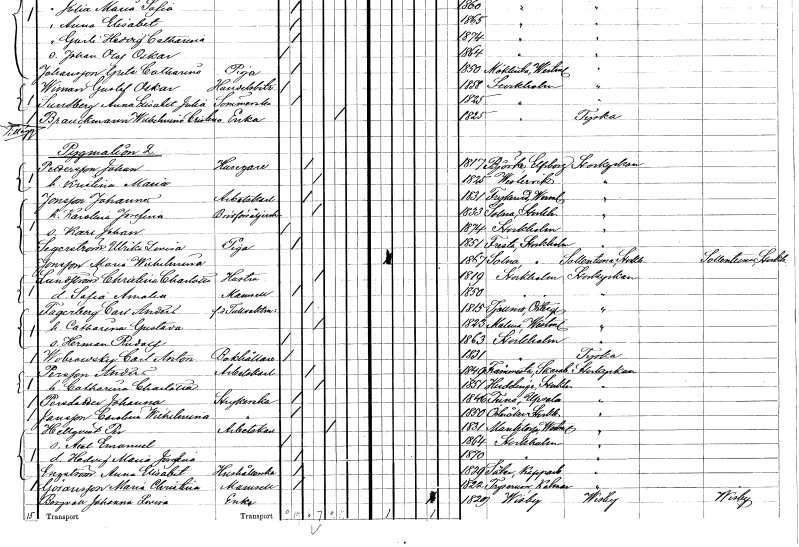
gt_parse: households: individuals: FN: Johan
EN: Pettersson
YRKE: Husägare
KON: M
CIV: G
FODAR: 1817
FODFORS: Björke Älvsborgs län
FN: Kristina Maria
KON: K
CIV: G
FODAR: 1825
FODFORS: Västervik Kalmar län
FN: Johannes
EN: Jonsson
YRKE: Arbetskarl
KON: M
CIV: G
FODAR: 1831
FODFORS: Frykerud Värmlands län
FN: Karolina Josefina
YRKE: Brödförsäljerska
KON: K
CIV: G
FODAR: 1833
FODFORS: Solna Stockholms län
FN: Karl Johan
KON: M
CIV: O
FODAR: 1874
FODFORS: Stockholm
FN: Ulrika Lovisa
EN: Segerström
YRKE: Piga
KON: K
CIV: O
FODAR: 1851
FODFORS: Fresta Stockholms län
FN: Maria Wilhelmina
EN: Jonsson
KON: K
CIV: O
FODAR: 1867
FODFORS: Solna Stockholms län
FN: Christina Charlotta
EN: Lundström
YRKE: Hustru
KON: K
CIV: G
FODAR: 1819
FODFORS: Stockholm
FN: Sofia Amalia
KON: K
CIV: O
FODAR: 1850
FODFORS: Stockholm
FN: Carl Anders
EN: Fagerberg
YRKE: Tullvaktmästare f.d.
KON: M
CIV: G
FODAR: 1815
FODFORS: Tjällmo Östergötlands län
FN: Catharina Gustava
KON: K
CIV: G
FODAR: 1823
FODFORS: Malma Västmanlands län
FN: Herman Rudolf
KON: M
CIV: O
FODAR: 1863
FODFORS: Stockholm
FN: Carl Anton
EN: Wobrowsky
YRKE: Bokhållare
KON: M
CIV: O
FODAR: 1831
FODFORS: Stockholm
FN: Anders
EN: Persson
YRKE: Arbetskarl
KON: M
CIV: G
FODAR: 1849
FODFORS: Främmestad Skaraborgs län
FN: Catharina Charlotta
KON: K
CIV: G
FODAR: 1851
FODFORS: Huddinge Stockholms län
FN: Johanna
EN: Persdotter
YRKE: Strykerska
KON: K
CIV: O
FODAR: 1846
FODFORS: Tuna Uppsala län
FN: Carolina Wilhelmina
EN: Jansson
YRKE: Strykerska
KON: K
CIV: O
FODAR: 1850
FODFORS: Österåker Stockholms län
FN: Per
EN: Hellqvist
YRKE: Arbetskarl
KON: M
CIV: E
FODAR: 1831
FODFORS: Munktorp Västmanlands län
FN: Axel Emanuel
KON: M
CIV: O
FODAR: 1864
FODFORS: Stockholm
FN: Hedvig Maria Josefina
KON: K
CIV: O
FODAR: 1870
FODFORS: Stockholm
FN: Anna Elisabet
EN: Engström
YRKE: Hushållerska
KON: K
CIV: O
FODAR: 1829
FODFORS: Säter Kopparbergs län
FN: Maria Christina
EN: Göransson
KON: K
CIV: O
FODAR: 1822
FODFORS: Tryserum Östergötlands län
FN: Johanna Lovisa
EN: Bergvall
YRKE: Änka
KON: K
CIV: E
FODAR: 1820
FODFORS: Visby Gotlands län